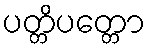
ပတ္တိပတ္တော